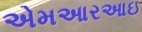
એમઆરઆઇ